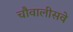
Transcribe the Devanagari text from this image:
चौवालीसवे